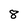
Character: 8